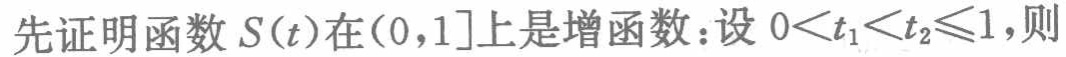
先证明函数 \(S(t)\)在\((0,1]\)上是增函数：设 \(0 < t_{1} < t_{2} \leq 1\)，则